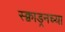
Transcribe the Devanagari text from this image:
स्क्वाड्रनच्या